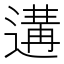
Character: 遘